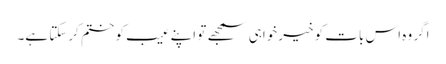
اگر وہ اس بات کو خیرخواہی سمجھے تو اپنے عیب کو ختم کرسکتا ہے۔